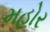
મહોર